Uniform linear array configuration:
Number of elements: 24
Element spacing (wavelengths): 0.5
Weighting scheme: blackman
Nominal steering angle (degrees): -45
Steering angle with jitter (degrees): -45.709
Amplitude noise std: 0.05
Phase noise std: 0.05

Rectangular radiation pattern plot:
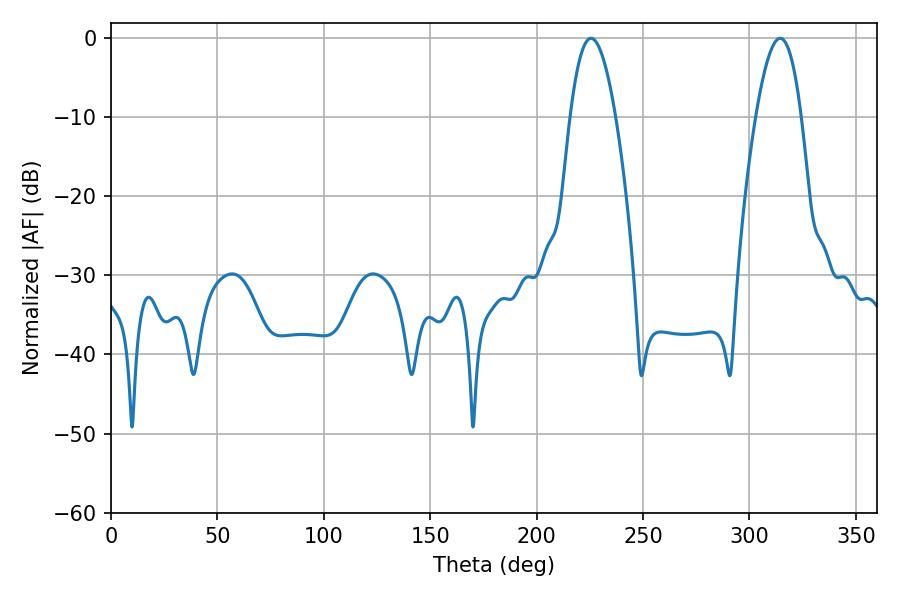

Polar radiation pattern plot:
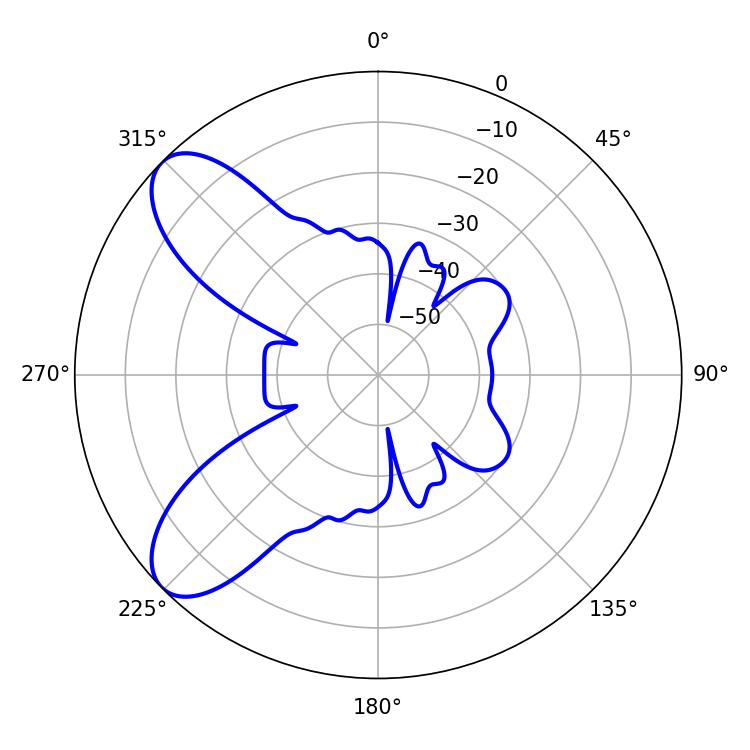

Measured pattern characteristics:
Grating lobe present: FALSE
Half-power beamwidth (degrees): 11.7
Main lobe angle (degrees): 225.54